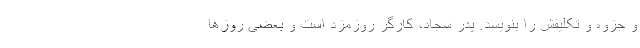
و جزوه و تکلیفش را بنویسد. پدر سجاد، کارگر روزمزد است و بعضی روزها